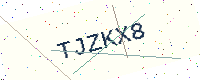
Text: TJZKX8